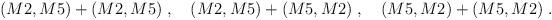
LaTeX: \begin{align*}(M2,M5)+(M2,M5)\;, \quad (M2,M5)+(M5,M2)\;, \quad (M5,M2)+(M5,M2) \; .\end{align*}